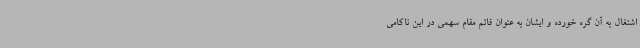
اشتغال به آن گره خورده و ایشان به عنوان قائم مقام سهمی در این ناکامی